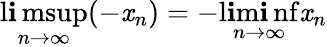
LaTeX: \operatorname*{l\mathbf{i}msup}_{n\to\infty}(-\mathit{x}_{n})=-\operatorname*{l\mathbf{i}m\mathbf{i}nf}_{n\to\infty}\mathit{x}_{n}